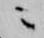
ニ